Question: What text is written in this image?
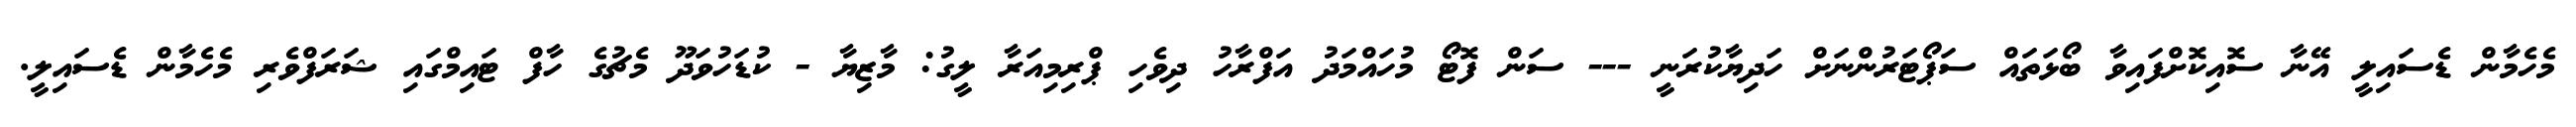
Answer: މެހެމާން ޑެސައިލީ އޭނާ ސޮއިކޮށްފައިވާ ބޯޅަތައް ސަޕޯޓަރުންނަށް ހަދިޔާކުރަނީ --- ސަން ފޮޓޯ މުހައްމަދު އަފްރާހު ދިވެހި ޕްރިމިއަރާ ލީގު: މާޒިޔާ - ކުޑަހުވަދޫ މެޗުގެ ހާފް ޓައިމްގައި ޝަރަފްވެރި މެހެމާން ޑެސައިލީ.